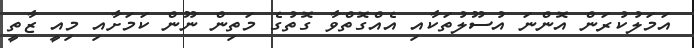
އަމަލުކުރަން އޮންނަ އުސޫލުތަކާއި އެއްގޮތްވާ ގޮތުގެ މަތިން ނޫން ކަމަށާއި މިއީ ޒާތީ